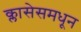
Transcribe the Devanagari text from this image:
क्लासेसमधून